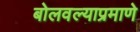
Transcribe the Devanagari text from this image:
बोलवल्याप्रमाणे